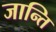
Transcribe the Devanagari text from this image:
जान्ति